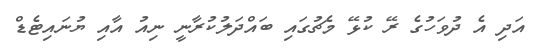
އަދި އެ ދުވަހުގެ ރޭ ކުޅޭ މެޗުގައި ބައްދަލުކުރާނީ ނިއު އާއި ޔުނައިޓެޑް